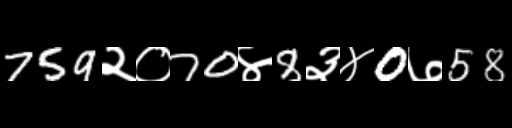
Text: 759२०70४8३४0७58